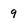
Character: 9